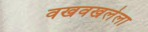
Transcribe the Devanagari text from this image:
वखवखलेला